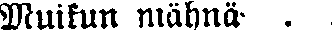
Muikun mähnä . .